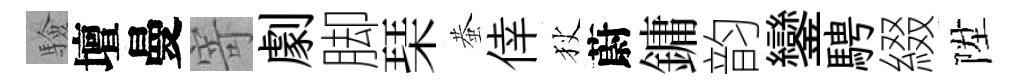
驗壇曼寄劇脚琹蛬倖狄蔚鏞韵鑾騁綴陞